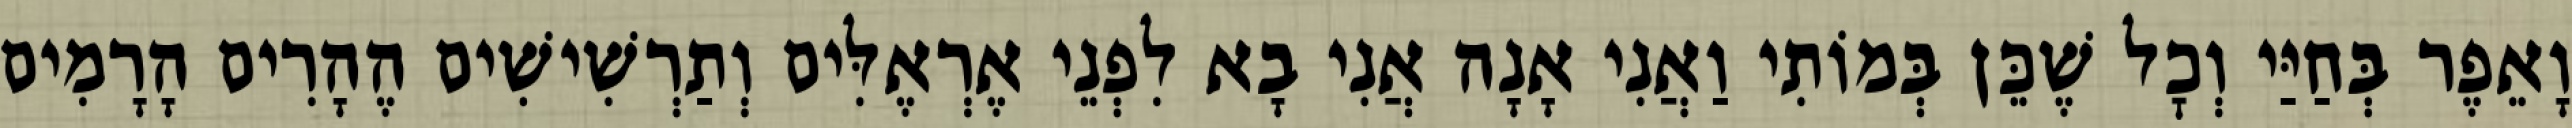
וָאֵפֶר בְּחַיַּי וְכׇל שֶׁכֵּן בְּמוֹתִי וַאֲנִי אָנָה אֲנִי בָא לִפְנֵי אֶרְאֶלִּים וְתַרְשִׁישִׁים הֶהָרִים הָרָמִים